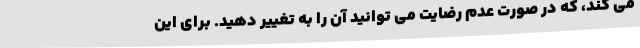
می کند، که در صورت عدم رضایت می توانید آن را به تغییر دهید. برای این